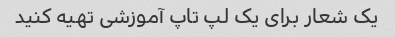
یک شعار برای یک لپ تاپ آموزشی تهیه کنید